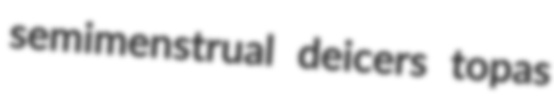
semimenstrual deicers topas